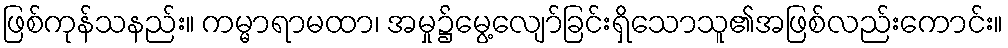
ဖြစ်ကုန်သနည်း။ ကမ္မာရာမထာ၊ အမှု၌မွေ့လျော်ခြင်းရှိသောသူ၏အဖြစ်လည်းကောင်း။